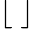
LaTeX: \lfloor\; \rfloor